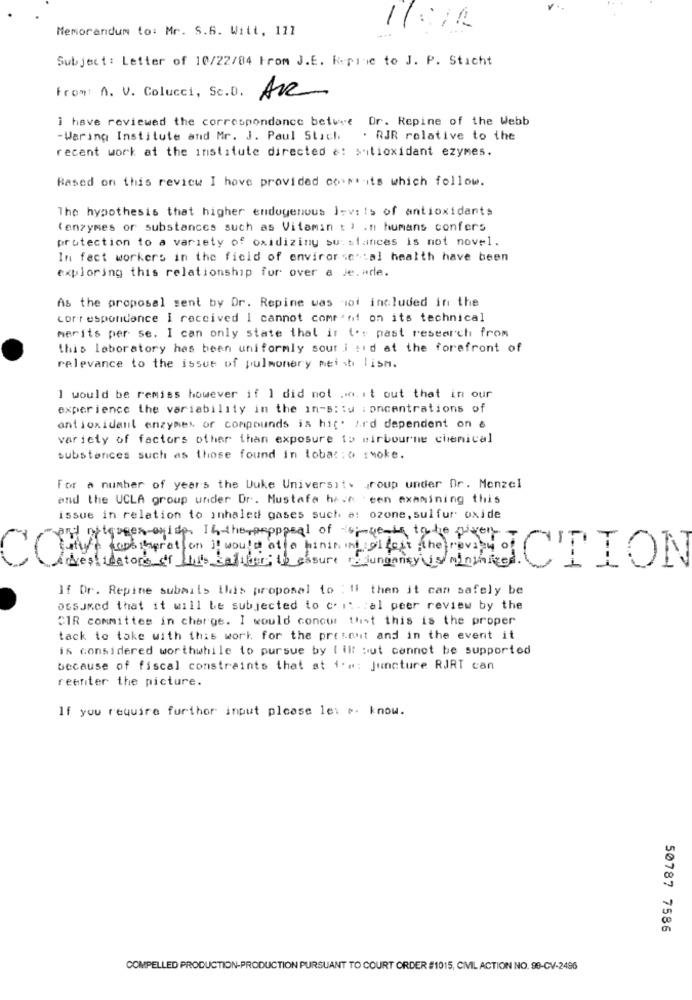
Memorandum to: Mr. S.6. Witt, 171
1:
Subject: Letter of 10/22/84 From J.E. Repine to J. P. Sticht
From A. V. Colucci, Sc.D. Ave
i have reviewed the correspondance before Dr. Repine of the Webb
-Waring Institute and Mr. J. Paul Stich
. RJR relative to the
recent work at the institute directed a: sitioxidant ezymes.
Based on this review I hove provided court its which follow.
The hypothesis that higher endogenous Jevais of antioxidants
(enzymes or substances such as Vitamin t'' in humans confers
protection to a variety of oxidizing suislances is not novel.
In fact workers in the field of environsen:al health have been
exploring this relationship for over a Je.ade.
As the proposal sent by Dr. Repine was not included in the
correspondance i received I cannot comment on its technical
merits per se. I can only state that ir t'y past research from
this laboratory hes been uniformly sour i sid at the forefront of
relevance to the issue of pulmonary meist lism.
I would be remiss however if 1 did not Jo. it out that in our
experience the variability in the in-situ : oncentrations of
antioxidant enzymes of compounds is hic. ord dependent on &
variety of factors other than exposure to mirbourne chenical
substances such as those found in tobar:o smoke.
For a number of years the Duke University group under Or. Menzel
and the UCLA group under Dr. Mustafa heim een examining this
issue in relation to inhaled gases such a: ozone, sulfur oxide
nil praguees exist In the pepppeal of tomuenta ta be given
Cross prot on i would at a hinin int gi fast the raving of
Destidators of this caliber; te essure jungancy is/minimized
CTION
If Dr. Repine submits this proposal to : " then it can safely be
assumed that it will be subjected to c. it. : al peer review by the
CIR committee in charge. I would concor that this is the proper
tack to take with this work for the present and in the event it
is considered worthwhile to pursue by ( ill but cannot be supported
because of fiscal constraints that at i'm: juncture RJRT can
reenter the picture.
If you require further input please let ø. know.
50787 7586
COMPELLED PRODUCTION-PRODUCTION PURSUANT TO COURT ORDER #1015, CIVIL ACTION NO. 90-CV-2496